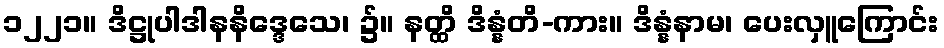
၁၂၂၁။ ဒိဋ္ဌုပါဒါနနိဒ္ဒေသေ၊ ၌။ နတ္ထိ ဒိန္နံတိ-ကား။ ဒိန္နံနာမ၊ ပေးလှူကြောင်း